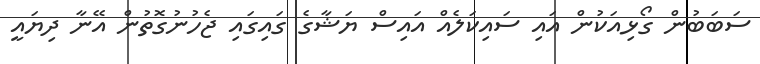
ސަބަބުން ގޯޅިއަކުން އައި ސައިކަލެއް އައިސް ޔަޝާގެ ގައިގައި ޖެހުނުގޮތުން އޭނާ ދިޔައީ